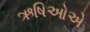
ઋષિઓએ